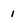
Character: 1